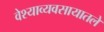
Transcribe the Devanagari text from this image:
वेश्याव्यवसायातले